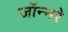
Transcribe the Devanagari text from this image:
जॉन्नरे